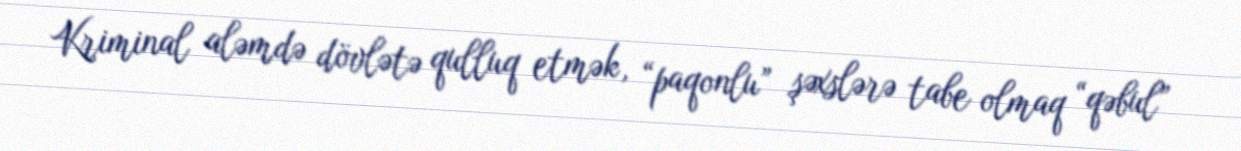
Kriminal aləmdə dövlətə qulluq etmək, “paqonlu” şəxslərə tabe olmaq “qəbul”